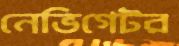
নেভিগেটর